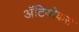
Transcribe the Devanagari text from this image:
अँटियोकस